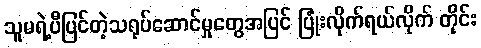
သူမရဲ့ပီပြင်တဲ့သရုပ်ဆောင်မှုတွေအပြင် ပြုံးလိုက်ရယ်လိုက် တိုင်း